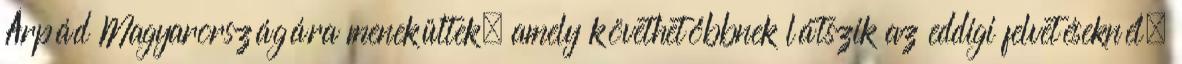
Árpád Magyarországára menekültek, amely követhetőbbnek látszik az eddigi felvetéseknél.